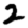
Digit: 2